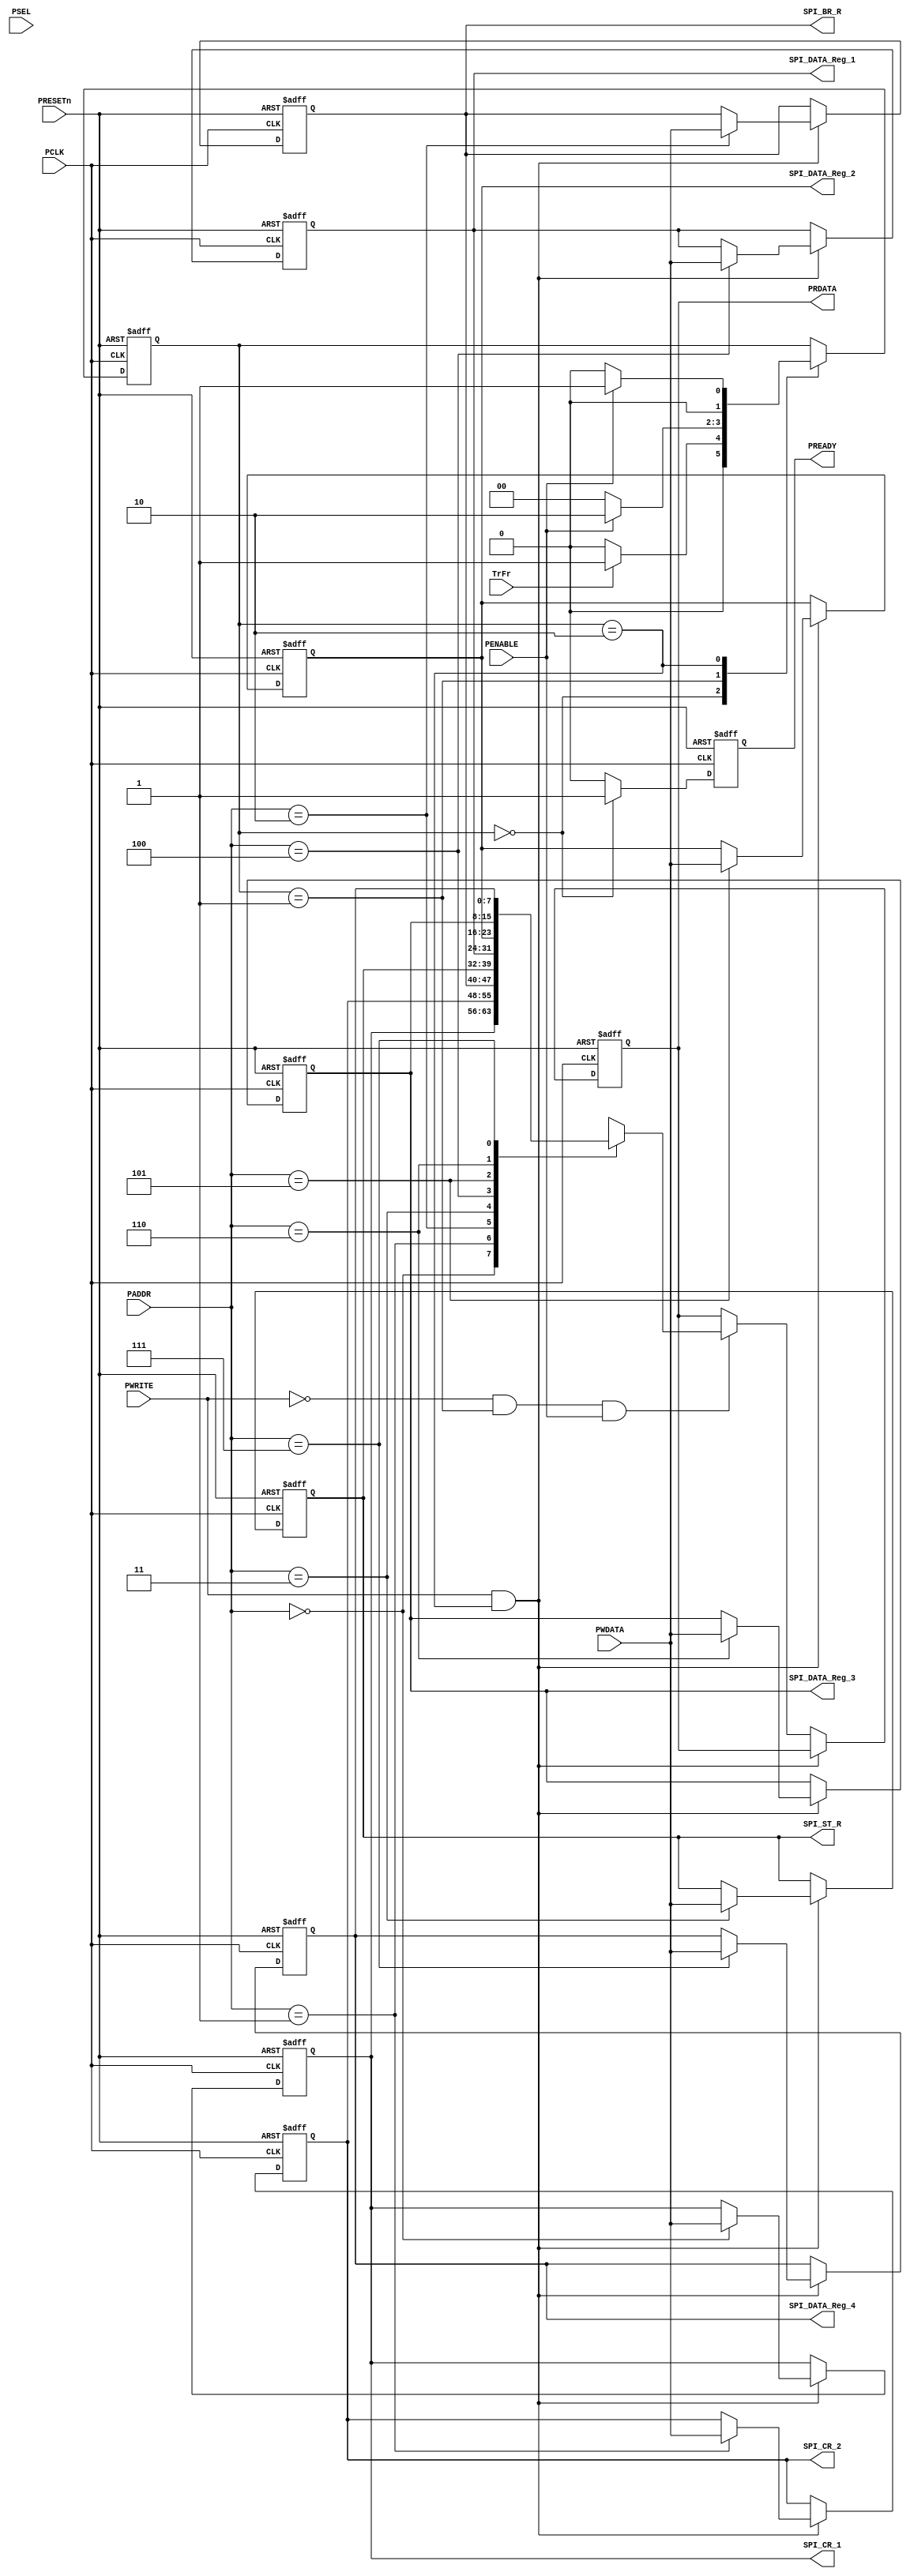
//////////////////////////////////////////////////////////////////////
////                                                              ////
//// APB- SPI 0.1 IP Core                                         ////
////                                                              ////
//// This file is part of the APB- SPI 0.1 IP Core project        ////
//// http://www.opencores.org/cores/APB- SPI 0.1 IP Core/         ////
////                                                              ////
//// Description                                                  ////
//// Implementation of XXX IP core according to                   ////
//// XXX IP core specification document.                          ////
////                                                              ////
//// To Do:                                                       ////
//// -                                                            ////
////                                                              ////
//// Author(s):                                                   ////
//// - Lakshmi Narayanan Vernugopal, email@opencores.org          ////
////                                                              ////
//////////////////////////////////////////////////////////////////////
////                                                              ////
//// Copyright (C) 2009 Authors and OPENCORES.ORG                 ////
////                                                              ////
//// This source file may be used and distributed without         ////
//// restriction provided that this copyright statement is not    ////
//// removed from the file and that any derivative work contains  ////
//// the original copyright notice and the associated disclaimer. ////
////                                                              ////
//// This source file is free software; you can redistribute it   ////
//// and/or modify it under the terms of the GNU Lesser General   ////
//// Public License as published by the Free Software Foundation; ////
//// either version 2.1 of the License, or (at your option) any   ////
//// later version.                                               ////
////                                                              ////
//// This source is distributed in the hope that it will be       ////
//// useful, but WITHOUT ANY WARRANTY; without even the implied   ////
//// warranty of MERCHANTABILITY or FITNESS FOR A PARTICULAR      ////
//// PURPOSE. See the GNU Lesser General Public License for more  ////
//// details.                                                     ////
////                                                              ////
//// You should have received a copy of the GNU Lesser General    ////
//// Public License along with this source; if not, download it   ////
//// from http://www.opencores.org/lgpl.shtml                     ////
////                                                              //// ///
///////////////////////////////////////////////////////////////////
`define APB_DATA_WIDTH  8
`define SPI_REG_WIDTH   8
`define APB_ADDR_WIDTH  3
//`define CLK_DIV_WIDTH 16
//`timescale 1ns/1ps
module APB_SLAVE
(
 // APB SLAVE PORT INTERFACE 
 input                             PCLK,
 input                             PRESETn,
 input [`APB_ADDR_WIDTH-1:0 ]      PADDR,
 input                             PWRITE,
 input                             PSEL,
 input                             PENABLE,
 input [`APB_DATA_WIDTH-1:0 ]      PWDATA,
 output reg [`APB_DATA_WIDTH-1:0 ] PRDATA,
 output reg                        PREADY,
 input                             TrFr,
 // SPI INTERFACE
 output reg [`SPI_REG_WIDTH-1:0]  SPI_CR_1,
 output reg [`SPI_REG_WIDTH-1:0]  SPI_CR_2,
 output reg [`SPI_REG_WIDTH-1:0]  SPI_BR_R,
 output reg [`SPI_REG_WIDTH-1:0]  SPI_ST_R,
 output reg [`SPI_REG_WIDTH-1:0]  SPI_DATA_Reg_1, 
 output reg [`SPI_REG_WIDTH-1:0]  SPI_DATA_Reg_2,
 output reg [`SPI_REG_WIDTH-1:0]  SPI_DATA_Reg_3,
 output reg [`SPI_REG_WIDTH-1:0]  SPI_DATA_Reg_4 
);


/////////////////////////////////////////////
//   Signal  Description                ////
/////////////////////////////////////////////

localparam IDLE   = 2'b00;
localparam SETUP  = 2'b01;
localparam ENABLE = 2'b10;

reg  [1:0]    STATE;

always@(posedge PCLK or negedge PRESETn)
begin
  if(!PRESETn)
  begin
    STATE <= IDLE;
    PREADY <= 0;
  end	
  else
  begin 
    PREADY <= 0;    
    case(STATE)
     IDLE:  begin 
              PREADY <= 1;
	          //if(PSEL && !PENABLE)
	          if(TrFr)
			    STATE  <= SETUP;             
			  else 
                STATE  <= IDLE;			  
	         end
	 SETUP: begin
               if(PENABLE)	 
			    STATE  <= ENABLE;
               else
                STATE  <= IDLE;					
		     end
	 ENABLE:begin  
               if(PENABLE)
			    STATE  <= SETUP;  			   
               else	           
                STATE  <= IDLE;	
             end
    endcase
  end
end 


assign write_en =  PWRITE && (STATE==ENABLE);
assign read_en  = !PWRITE && (STATE==SETUP);

//always@(PADDR,PWDATA,write_en)
always@(posedge PCLK or negedge PRESETn)
  begin
  if(!PRESETn)
    begin
       PRDATA            <= 8'd0;
       SPI_CR_1          <= 8'd0;
       SPI_CR_2          <= 8'd0;
       SPI_BR_R          <= 8'd0;
       SPI_ST_R          <= 8'd0;
       SPI_DATA_Reg_1    <= 8'd0;
       SPI_DATA_Reg_2    <= 8'd0;
       SPI_DATA_Reg_3    <= 8'd0;
       SPI_DATA_Reg_4    <= 8'd0;
    end
  else
    begin
       if(write_en)
       begin   
         case(PADDR)
            3'b000 : SPI_CR_1          <= PWDATA;
            3'b001 : SPI_CR_2          <= PWDATA;
            3'b010 : SPI_BR_R          <= PWDATA;
            3'b011 : SPI_ST_R          <= PWDATA;
            3'b100 : SPI_DATA_Reg_1    <= PWDATA; 
            3'b101 : SPI_DATA_Reg_2    <= PWDATA;
            3'b110 : SPI_DATA_Reg_3    <= PWDATA;
            3'b111 : SPI_DATA_Reg_4    <= PWDATA;
            default: SPI_CR_1          <= PWDATA;
         endcase
       end
	   else if(read_en && PENABLE)
	   begin
         case(PADDR)
            3'b000 : PRDATA            <= SPI_CR_1      ;
            3'b001 : PRDATA            <= SPI_CR_2      ;
            3'b010 : PRDATA            <= SPI_BR_R      ;
            3'b011 : PRDATA            <= SPI_ST_R      ;
            3'b100 : PRDATA            <= SPI_DATA_Reg_1; 
            3'b101 : PRDATA            <= SPI_DATA_Reg_2;
            3'b110 : PRDATA            <= SPI_DATA_Reg_3;
            3'b111 : PRDATA            <= SPI_DATA_Reg_4;
            default: PRDATA            <= SPI_CR_1;
         endcase	   
	   end
       else
       begin
         SPI_CR_1          <= SPI_CR_1;
         SPI_CR_2          <= SPI_CR_2;
         SPI_BR_R          <= SPI_BR_R;
         SPI_ST_R          <= SPI_ST_R;
         SPI_DATA_Reg_1    <= SPI_DATA_Reg_1;
         SPI_DATA_Reg_2    <= SPI_DATA_Reg_2;
         SPI_DATA_Reg_3    <= SPI_DATA_Reg_3;
         SPI_DATA_Reg_4    <= SPI_DATA_Reg_4;    
       end
    end
end
endmodule